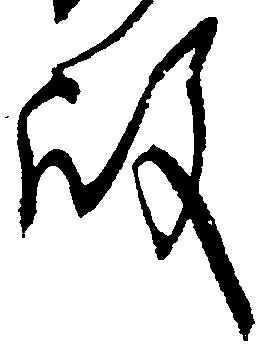
殿